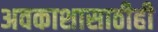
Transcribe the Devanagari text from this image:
अवकाशासाठीही